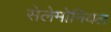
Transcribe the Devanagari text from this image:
सेलेमोनियल